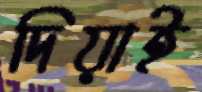
দিয়াই